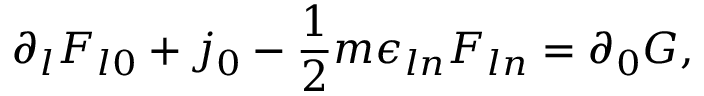
\partial _ { l } F _ { l 0 } + j _ { 0 } - \frac { 1 } { 2 } m \epsilon _ { l n } F _ { l n } = \partial _ { 0 } G ,